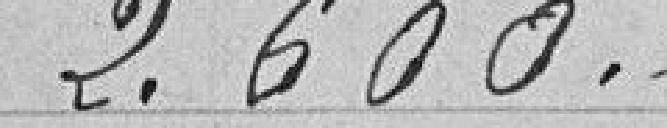
2.600.